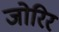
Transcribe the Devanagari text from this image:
जोरिर